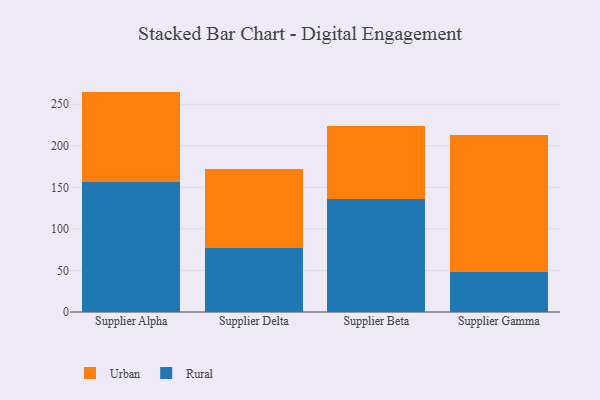
{"axis": {"x": "Supplier", "y": "Humidity (%)"}, "legend": ["Rural", "Urban"], "data": [{"x": "Supplier Alpha", "y": 156.6, "type": "Rural"}, {"x": "Supplier Alpha", "y": 108.6, "type": "Urban"}, {"x": "Supplier Delta", "y": 77.3, "type": "Rural"}, {"x": "Supplier Delta", "y": 94.9, "type": "Urban"}, {"x": "Supplier Beta", "y": 136.4, "type": "Rural"}, {"x": "Supplier Beta", "y": 87.8, "type": "Urban"}, {"x": "Supplier Gamma", "y": 48.4, "type": "Rural"}, {"x": "Supplier Gamma", "y": 164.5, "type": "Urban"}]}